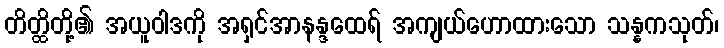
တိတ္ထိတို့၏ အယူဝါဒကို အရှင်အာနန္ဒထေရ် အကျယ်ဟောထားသော သန္နကသုတ်၊